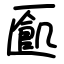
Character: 㔳